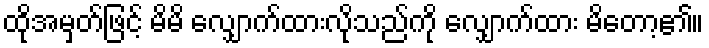
ထိုအမှတ်ဖြင့် မိမိ လျှောက်ထားလိုသည်ကို လျှောက်ထား မိတော့၏။